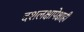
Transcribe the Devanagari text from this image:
दशलक्षापेक्षाही